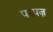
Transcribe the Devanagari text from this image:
परपज़